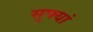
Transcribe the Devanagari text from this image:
सुफ्यां